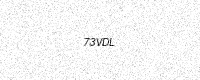
Text: 73VDL